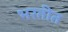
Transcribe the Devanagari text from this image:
भरतीत